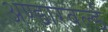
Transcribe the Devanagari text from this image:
अण्डारवर्ल्ड